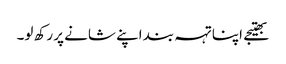
بھتیجے اپنا تہہ بند اپنے شانے پر رکھ لو۔